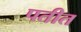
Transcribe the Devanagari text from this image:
पतीत